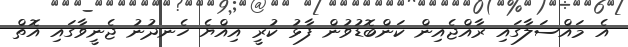
އެ މައްސަލާގައި ރާއްޖެއިން ކަންބޮޑުވުން ފާޅު ކުރީ އިއްޔެ ހެނދުނު ޖެނީވާގައި އޮތް